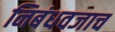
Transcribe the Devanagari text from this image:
निबंधवजाच